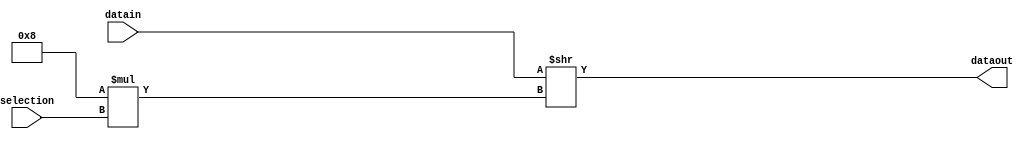
module multiplexor #(
parameter N=4, //Nmero de registros del datapath
parameter M=8, //Nmero de bits por registro
parameter P=2  //Nmero de bits de la seal de seleccin
)
(
input [P-1:0]selection,
input[M*N-1:0] datain,
output reg[M-1:0] dataout
);

reg [M*N-1:0] temp;
always@(*)
begin
temp= datain>>(M*selection);
dataout= temp[M-1:0];
end
endmodule